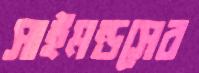
সাইমন্ডসের